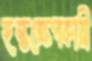
হস্তক্ষেপকারী